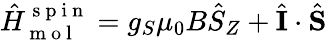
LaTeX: {}\hat{H}_{\mathrm{~m~o~l~}}^{\mathrm{~s~p~i~n~}}=g_{S}\mu_{0}B\hat{S}_{Z}+\hat{\mathbf{I}}\cdot\hat{\mathbf{S}}